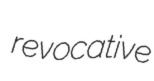
revocative